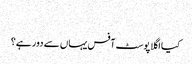
‬
‫کیا اگلا پوسٹ آفس یہاں سے دور ہے؟